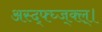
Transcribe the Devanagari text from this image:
अस्द्फ्घ्ज्क्ल्।